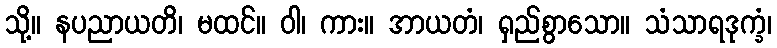
သို့။ နပညာယတိ၊ မထင်။ ဝါ၊ ကား။ အာယတံ၊ ရှည်စွာသော။ သံသာရဒုက္ခံ၊